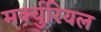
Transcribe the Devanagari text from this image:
मर्क्युरियल